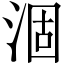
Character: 涸